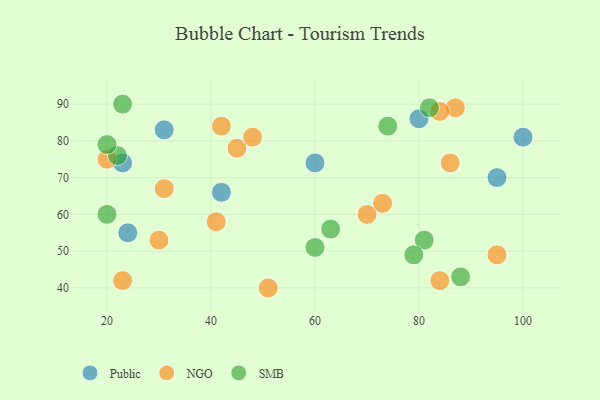
{"axis": {"x": "GDP", "y": "Life Expectancy"}, "legend": ["NGO", "Public", "SMB"], "data": [{"x": "24", "y": 55, "type": "Public"}, {"x": "23", "y": 74, "type": "Public"}, {"x": "60", "y": 74, "type": "Public"}, {"x": "80", "y": 86, "type": "Public"}, {"x": "31", "y": 83, "type": "Public"}, {"x": "42", "y": 66, "type": "Public"}, {"x": "95", "y": 70, "type": "Public"}, {"x": "100", "y": 81, "type": "Public"}, {"x": "42", "y": 84, "type": "NGO"}, {"x": "41", "y": 58, "type": "NGO"}, {"x": "86", "y": 74, "type": "NGO"}, {"x": "95", "y": 49, "type": "NGO"}, {"x": "45", "y": 78, "type": "NGO"}, {"x": "48", "y": 81, "type": "NGO"}, {"x": "23", "y": 42, "type": "NGO"}, {"x": "84", "y": 42, "type": "NGO"}, {"x": "30", "y": 53, "type": "NGO"}, {"x": "70", "y": 60, "type": "NGO"}, {"x": "20", "y": 75, "type": "NGO"}, {"x": "51", "y": 40, "type": "NGO"}, {"x": "87", "y": 89, "type": "NGO"}, {"x": "31", "y": 67, "type": "NGO"}, {"x": "84", "y": 88, "type": "NGO"}, {"x": "73", "y": 63, "type": "NGO"}, {"x": "81", "y": 53, "type": "SMB"}, {"x": "88", "y": 43, "type": "SMB"}, {"x": "82", "y": 89, "type": "SMB"}, {"x": "23", "y": 90, "type": "SMB"}, {"x": "60", "y": 51, "type": "SMB"}, {"x": "22", "y": 76, "type": "SMB"}, {"x": "20", "y": 60, "type": "SMB"}, {"x": "20", "y": 79, "type": "SMB"}, {"x": "79", "y": 49, "type": "SMB"}, {"x": "74", "y": 84, "type": "SMB"}, {"x": "63", "y": 56, "type": "SMB"}]}